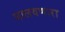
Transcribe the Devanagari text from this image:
घालवणारा